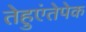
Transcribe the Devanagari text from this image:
तेहुएंतेपेक